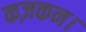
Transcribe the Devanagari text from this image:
कज़कन।